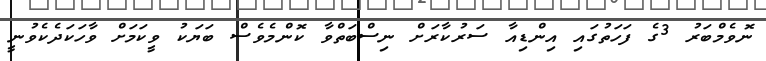
ނޮވެމްބަރު 3ގެ ފަހަތުގައި އިންޑިއާ ސަރުކާރަށް ނިސްބަތްވާ ކޮންމެވެސް ބަޔަކު ވީކަމަށް ވާހަކަދެކެވުނީ